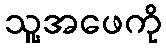
သူ့အဖေကို